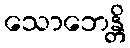
သောဘေန္တိ